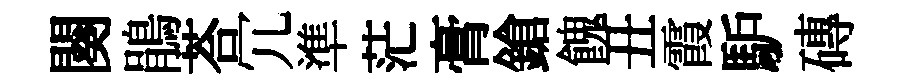
闋鵑荅冗準茫膏鎗餽丑霞馿磚